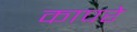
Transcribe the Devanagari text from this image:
कापरे